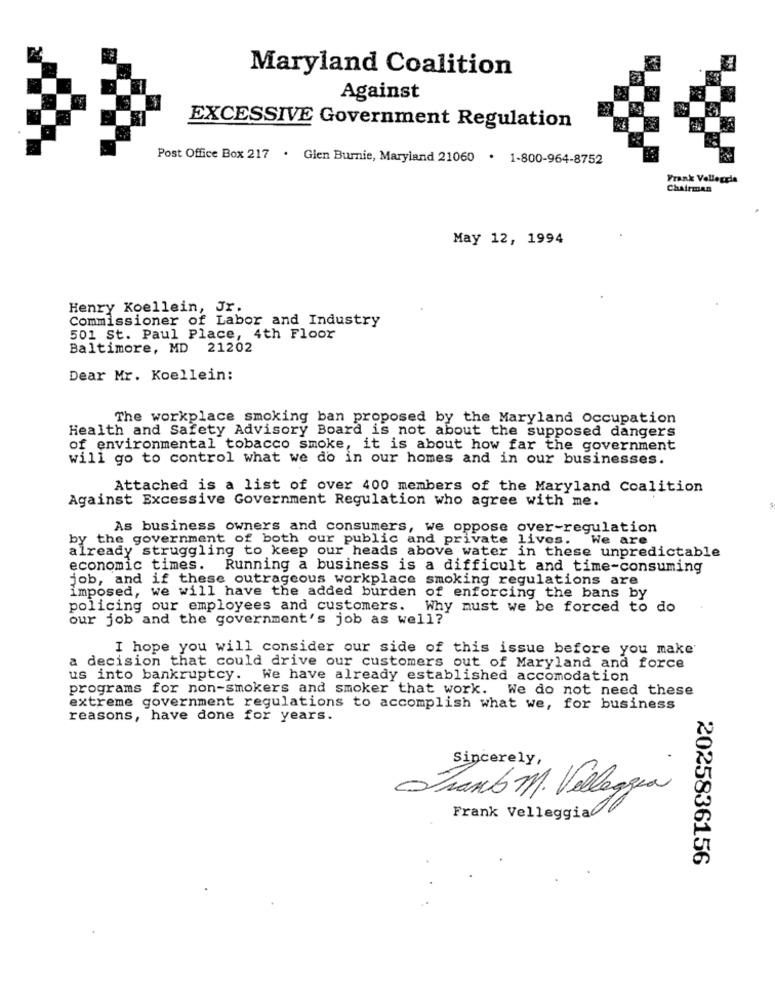
Maryland Coalition
Against
EXCESSIVE Government Regulation
Post Office Box 217 . Glen Burnie, Maryland 21060 . 1-800-964-8752
Frank Vellegala
Chairman
May 12, 1994
Henry Koellein, Jr.
Commissioner of Labor and Industry
501 St. Paul Place, 4th Floor
Baltimore, MD 21202
Dear Mr. Koellein:
The workplace smoking ban proposed by the Maryland Occupation
Health and Safety Advisory Board is not about the supposed dangers
of environmental tobacco smoke, it is about how far the government
will go to control what we do in our homes and in our businesses.
Attached is a list of over 400 members of the Maryland Coalition
Against Excessive Government Regulation who agree with me.
As business owners and consumers, we oppose over-regulation
by the government of both our public and private lives.
We are
already struggling to keep our heads above water in these unpredictable
economic times. Running a business is a difficult and time-consuming
job, and if these outrageous workplace smoking regulations are
imposed, we will have the added burden of enforcing the bans by
policing our employees and customers. Why must we be forced to do
our job and the government's job as well?
I hope you will consider our side of this issue before you make'
a decision that could drive our customers out of Maryland and force
us into bankruptcy. We have already established accomodation
programs for non-smokers and smoker that work. We do not need these
extreme government regulations to accomplish what we, for business
reasons, have done for years.
Sincerely,
Trans M. Veleggia
Frank VelleggiaC
2025836156